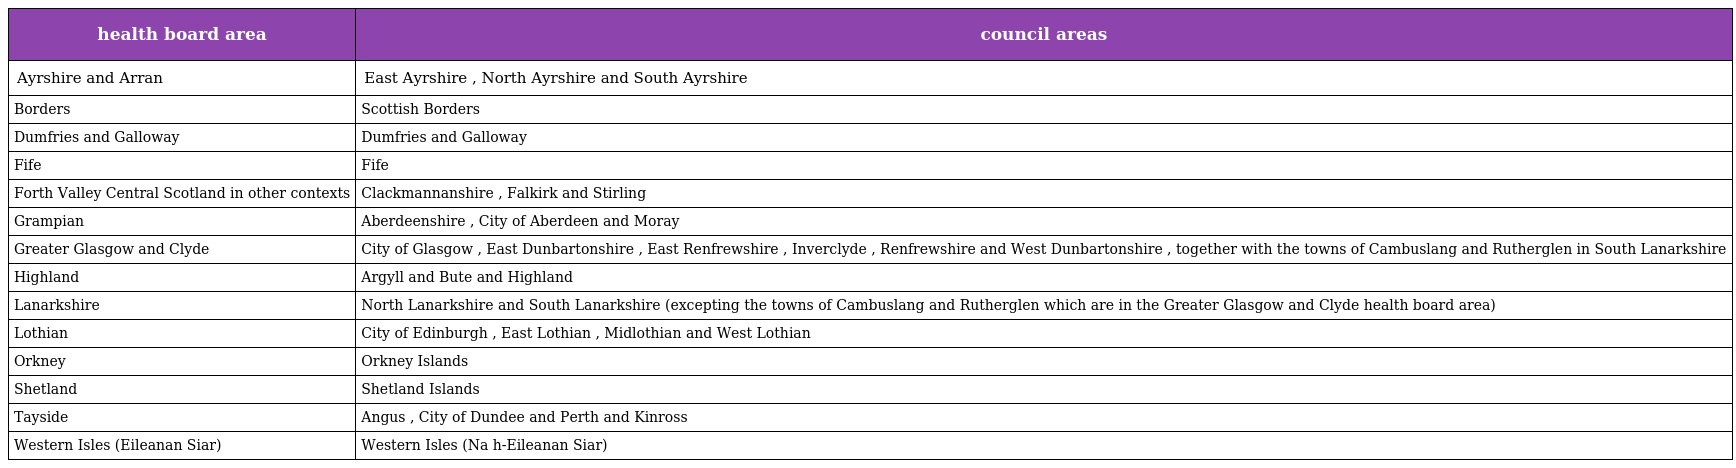
| health board area | council areas |
 | --- | --- |
 | Ayrshire and Arran | East Ayrshire , North Ayrshire and South Ayrshire |
 | Borders | Scottish Borders |
 | Dumfries and Galloway | Dumfries and Galloway |
 | Fife | Fife |
 | Forth Valley Central Scotland in other contexts | Clackmannanshire , Falkirk and Stirling |
 | Grampian | Aberdeenshire , City of Aberdeen and Moray |
 | Greater Glasgow and Clyde | City of Glasgow , East Dunbartonshire , East Renfrewshire , Inverclyde , Renfrewshire and West Dunbartonshire , together with the towns of Cambuslang and Rutherglen in South Lanarkshire |
 | Highland | Argyll and Bute and Highland |
 | Lanarkshire | North Lanarkshire and South Lanarkshire (excepting the towns of Cambuslang and Rutherglen which are in the Greater Glasgow and Clyde health board area) |
 | Lothian | City of Edinburgh , East Lothian , Midlothian and West Lothian |
 | Orkney | Orkney Islands |
 | Shetland | Shetland Islands |
 | Tayside | Angus , City of Dundee and Perth and Kinross |
 | Western Isles (Eileanan Siar) | Western Isles (Na h-Eileanan Siar) |